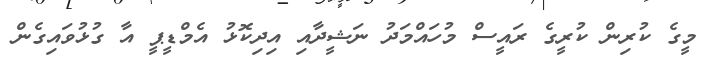
މީގެ ކުރިން ކުރީގެ ރައީސް މުހައްމަދު ނަޝީދާއި އިދިކޮޅު އެމްޑީޕީ އާ ގުޅުވައިގެން